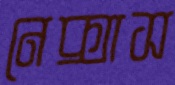
নেক্সাস